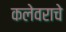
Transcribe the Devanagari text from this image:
कलेवराचे